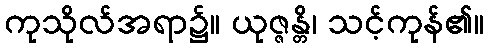
ကုသိုလ်အရာ၌။ ယုဇ္ဇန္တိ၊ သင့်ကုန်၏။